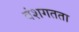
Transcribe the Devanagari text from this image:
वंशगतता